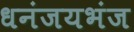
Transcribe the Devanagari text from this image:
धनंजयभंज